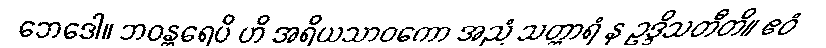
ဘေဒေါ။ ဘဝန္တရေပိ ဟိ အရိယသာဝကော အညံ သတ္ထာရံ န ဥဒ္ဒိသတီတိ။ ဧဝံ